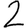
Digit: 2